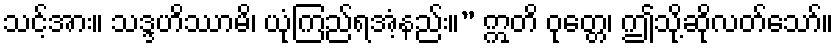
သင့်အား။ သဒ္ဒဟိဿာမိ၊ ယုံကြည်ရအံ့နည်း။” ဣတိ ဝုတ္တေ၊ ဤသို့ဆိုလတ်သော်။